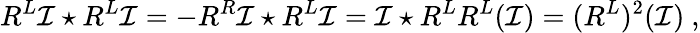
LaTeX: R^{L}\mathcal{I}\star R^{L}\mathcal{I}=-R^{R}\mathcal{I}\star R^{L}\mathcal{I}=\mathcal{I}\star R^{L}R^{L}(\mathcal{I})=(R^{L})^{2}(\mathcal{I})\ ,